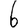
Digit: 6